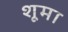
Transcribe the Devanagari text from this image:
शूमा